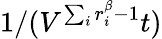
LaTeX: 1/(V^{\sum_{i}r_{i}^{\beta}-1}t)